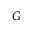
G